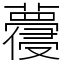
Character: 蘉